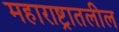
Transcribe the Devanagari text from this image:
महाराष्ट्रातलील